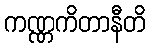
ကဏ္ဏကိတာနီတိ